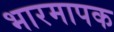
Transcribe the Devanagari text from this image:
भारमापक